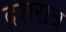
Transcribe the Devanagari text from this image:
दशरात्र